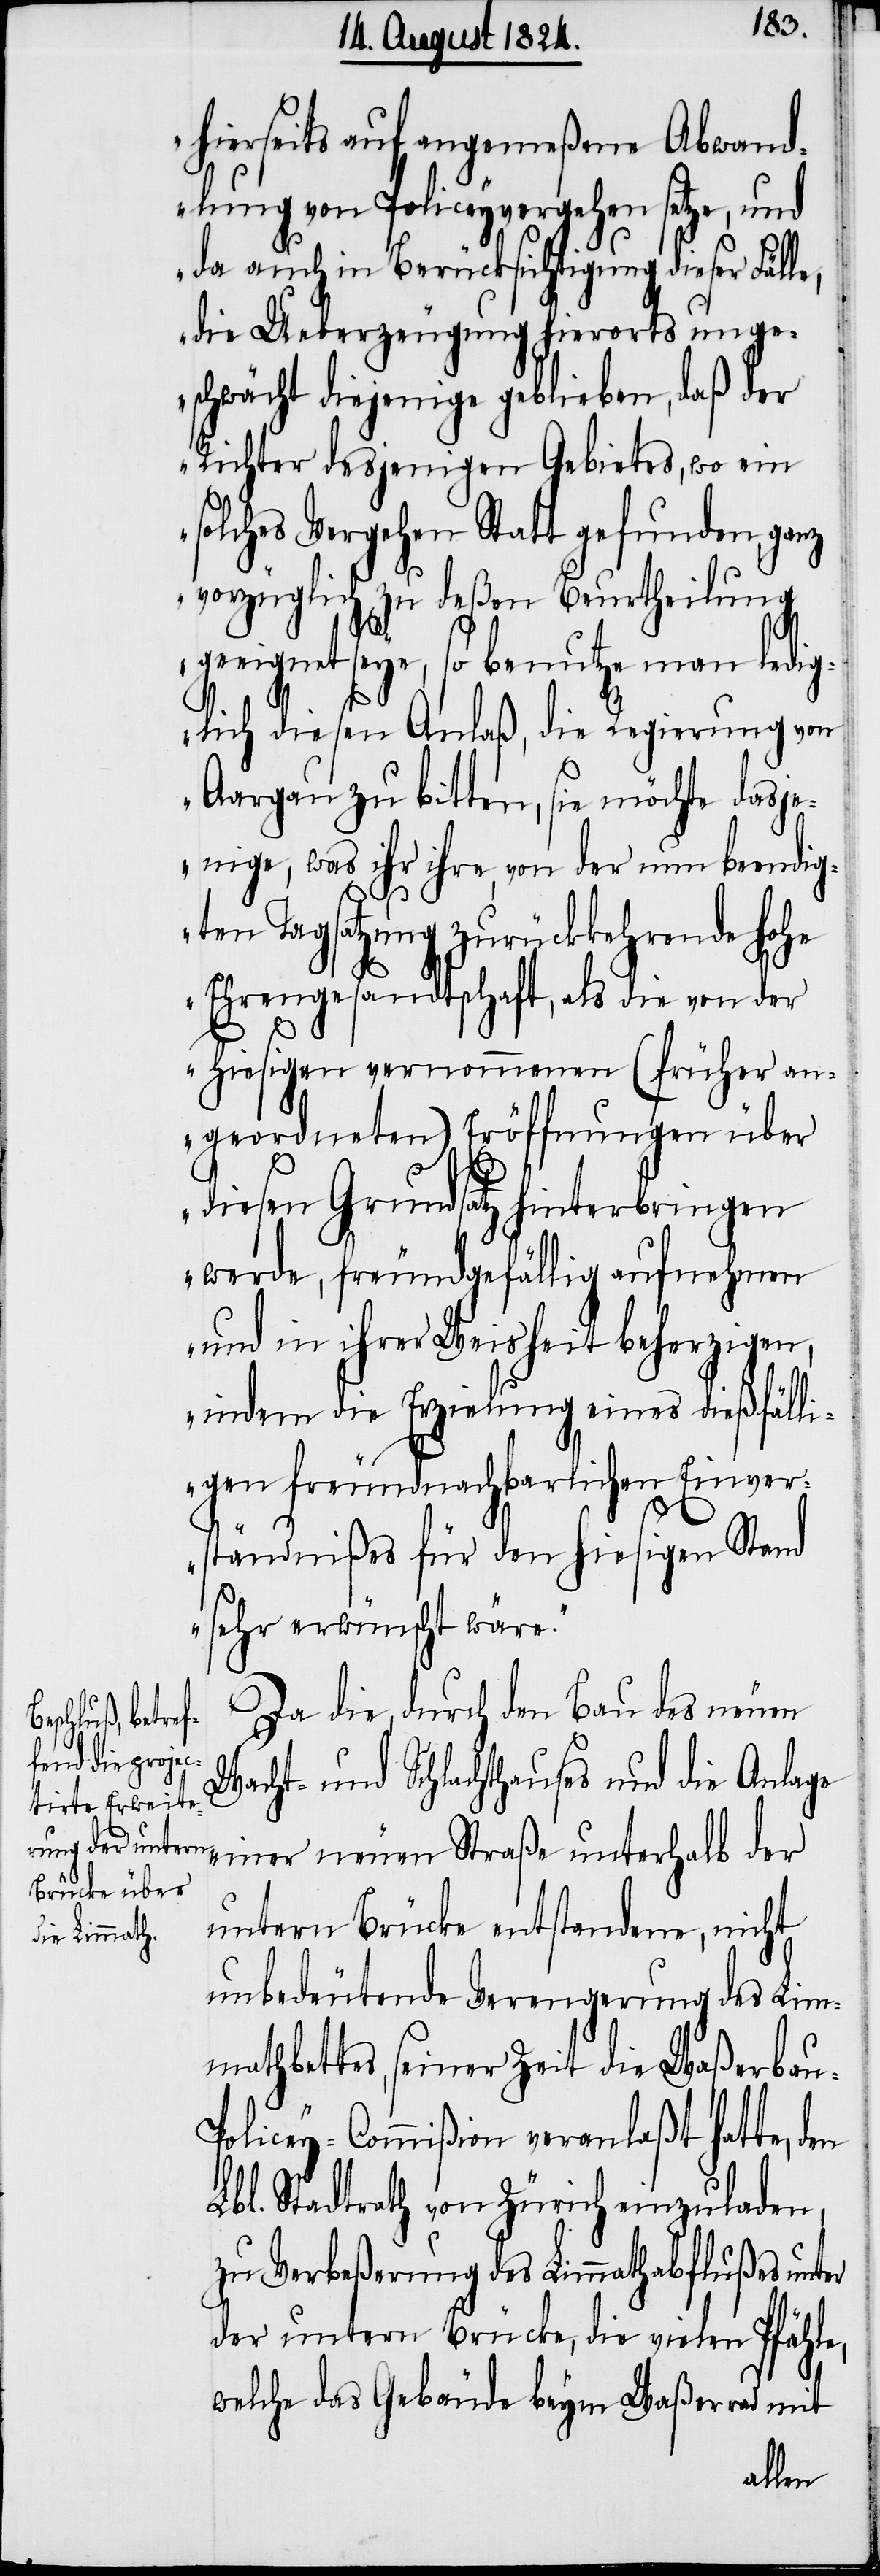
hierseits auf angemeßene Abwand¬
lung von Policeyvergehen setze, und
da auch in Berücksichtigung dieser Fälle,
die Ueberzeugung hierorts unge¬
schwächt diejenige geblieben, daß der
Richter desjenigen Gebietes, wo eine
solches Vergehen Statt gefunden, ganz
vorzüglich zu deßen Beurtheilung
geeignet seye, so benutze man ledig¬
lich diesen Anlaß, die Regierung von
Aargau zu bitten, sie möchte dasje¬
nige, was ihr ihre, von der nun beendig¬
ten Tagsatzung zurückkehrende hohe
Ehregesandtschaft, als die von der
hiesigen vernommenen (früher an¬
geordneten) Eröffnungen über
diesen Grundsatz hinterbringen
werde, freundgefällig aufnehmen
und in ihrer Weisheit beherzigen,
indem die Erzielung eines dießfälli¬
gen freundnachbarlichen Einver¬
ständnißes für den hiesigen Stand
sehr erwünscht wäre.“
Da die durch den Bau des neuen
Wacht- und Schlachthauses und die Anlage
einer neuen Straße unterhalb der
untern Brücke entstandene, nicht
unbedeutende Verengerung des Lim¬
mathbettes, seiner Zeit die Waßerbau-P¬
olicey-Commißion veranlaßt hatte, den
Lbl. Stadtrath von Zürich einzuladen,
zu Verbeßerung des Limmathabflußes unter
der untern Brücke, die vielen Pfähle,
welche das Gebäude beym Waßerrad mit